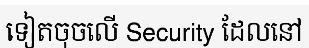
ទៀតចុចលើ Security ដែលនៅ